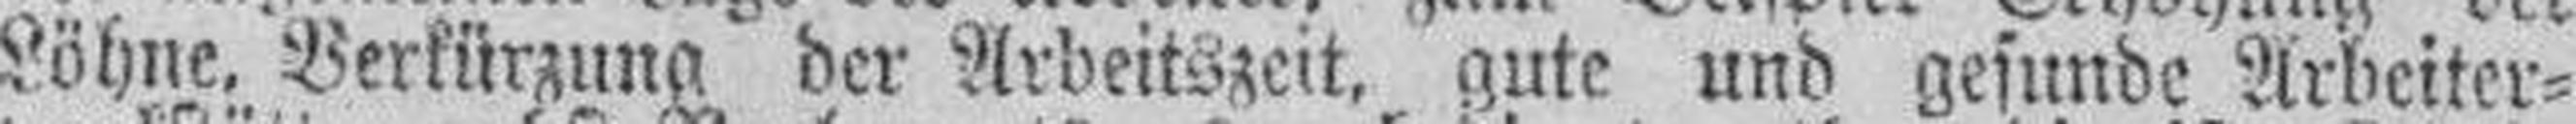
Löhne, Verkürzung der Arbeitszeit, gute und gesunde Arbeiter¬